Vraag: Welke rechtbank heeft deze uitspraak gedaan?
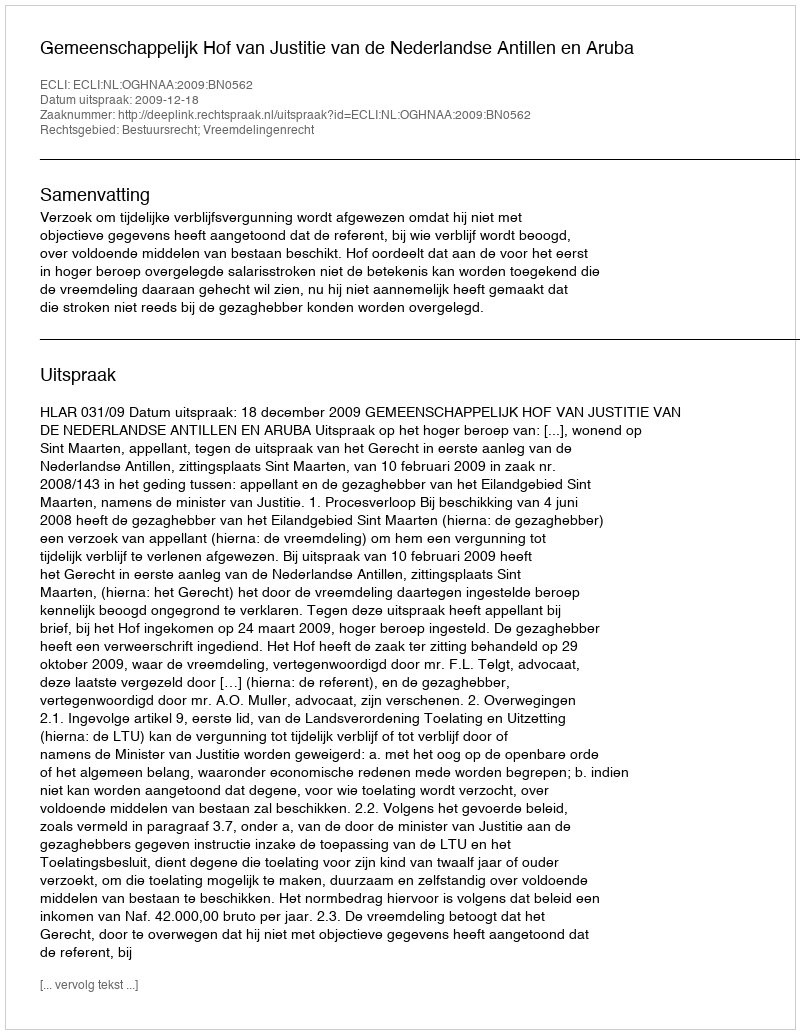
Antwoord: Gemeenschappelijk Hof van Justitie van de Nederlandse Antillen en Aruba